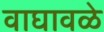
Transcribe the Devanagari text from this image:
वाघावळे